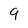
Character: 9